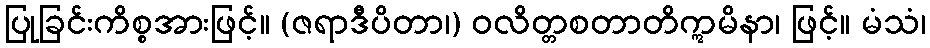
ပြုခြင်းကိစ္စအားဖြင့်။ (ဇရာဒီပိတာ၊) ဝလိတ္တစတာတိဣမိနာ၊ ဖြင့်။ မံသံ၊